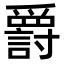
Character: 𬋷